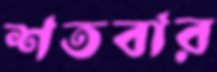
শতবার